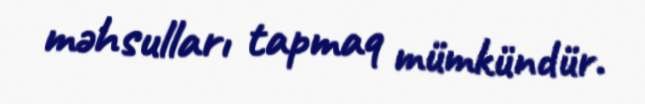
məhsulları tapmaq mümkündür.